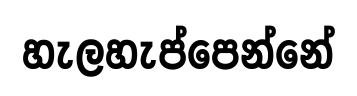
හැලහැප්පෙන්නේ